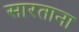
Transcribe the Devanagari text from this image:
सारताना